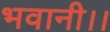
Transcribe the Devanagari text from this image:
भवानी।।